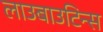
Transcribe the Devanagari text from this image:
लाउबाउटिन्स